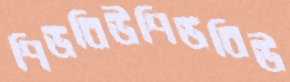
পিডবিউপিডবিউ